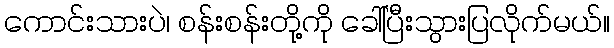
ကောင်းသားပဲ၊ စန်းစန်းတို့ကို ခေါ်ပြီးသွားပြလိုက်မယ်။